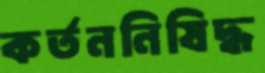
কর্তননিষিদ্ধ